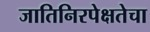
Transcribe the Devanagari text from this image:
जातिनिरपेक्षतेचा